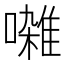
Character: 𫝜